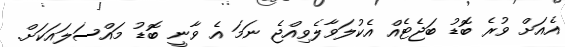
އެއަށް ވުރެ ބޮޑު ބަޖެޓެއް އެކުލަވާލެވިއްޖެ ނަމަ އެ ވާނީ ބޮޑު މައްސަލައަކަށް.